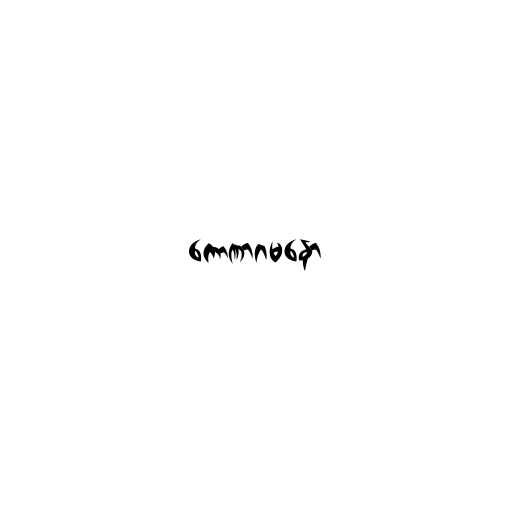
ကောဏာဂမနော